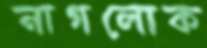
নাগলোক